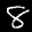
Label: 8